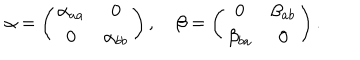
\alpha = \left( \begin{array} { c c } { { \alpha _ { a a } } } & { { 0 } } \\ { { 0 } } & { { \alpha _ { b b } } } \\ \end{array} \right) , \quad \beta = \left( \begin{array} { c c } { { 0 } } & { { \beta _ { a b } } } \\ { { \beta _ { b a } } } & { { 0 } } \\ \end{array} \right) .